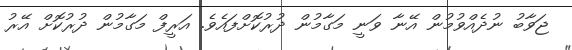
ޖަވާބު ނުދެއްވުމުން އޭނާ ވަނީ މަގާމުން ދުރުކޮށްފައެވެ. އަރީފް މަގާމުން ދުރުކޮށް އޭރު